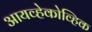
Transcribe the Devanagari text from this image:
आयव्हेकोव्हिक